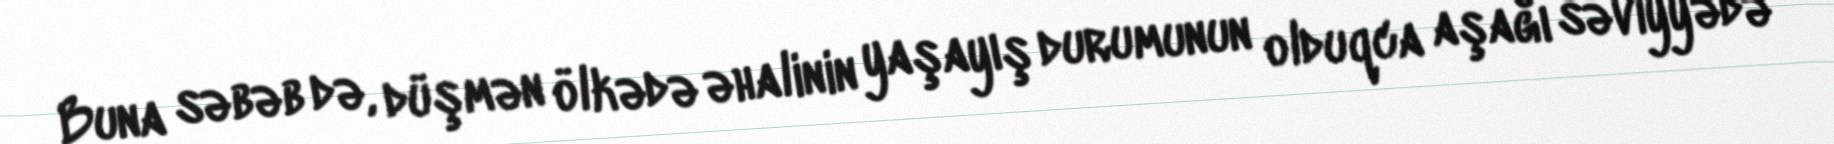
Buna səbəb də, düşmən ölkədə əhalinin yaşayış durumunun olduqca aşağı səviyyədə